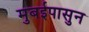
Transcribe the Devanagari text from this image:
मुबईपासुन